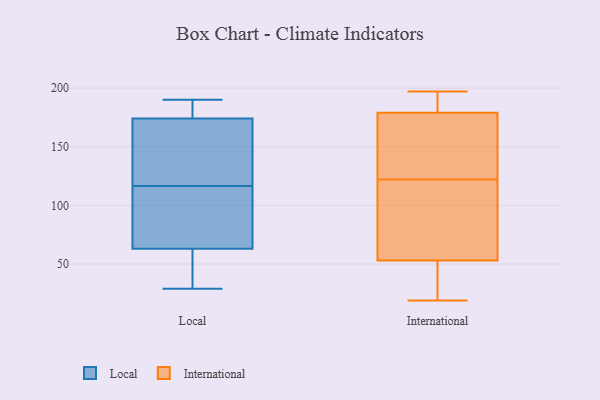
{"axis": {"x": "Page Views", "y": "Value"}, "legend": ["International", "Local"], "data": [{"x": "", "y": 63, "type": "Local"}, {"x": "", "y": 174, "type": "Local"}, {"x": "", "y": 107, "type": "Local"}, {"x": "", "y": 29, "type": "Local"}, {"x": "", "y": 108, "type": "Local"}, {"x": "", "y": 174, "type": "Local"}, {"x": "", "y": 125, "type": "Local"}, {"x": "", "y": 140, "type": "Local"}, {"x": "", "y": 37, "type": "Local"}, {"x": "", "y": 190, "type": "Local"}, {"x": "", "y": 187, "type": "International"}, {"x": "", "y": 138, "type": "International"}, {"x": "", "y": 197, "type": "International"}, {"x": "", "y": 19, "type": "International"}, {"x": "", "y": 92, "type": "International"}, {"x": "", "y": 53, "type": "International"}, {"x": "", "y": 48, "type": "International"}, {"x": "", "y": 143, "type": "International"}, {"x": "", "y": 129, "type": "International"}, {"x": "", "y": 20, "type": "International"}, {"x": "", "y": 82, "type": "International"}, {"x": "", "y": 179, "type": "International"}, {"x": "", "y": 115, "type": "International"}, {"x": "", "y": 180, "type": "International"}]}